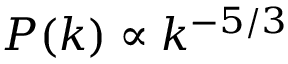
P ( k ) \propto k ^ { - 5 / 3 }